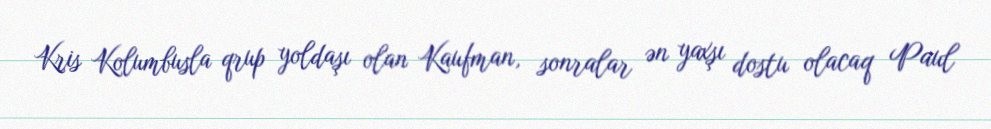
Kris Kolumbusla qrup yoldaşı olan Kaufman, sonralar ən yaxşı dostu olacaq Paul